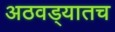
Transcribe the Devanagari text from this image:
अठवड्यातच